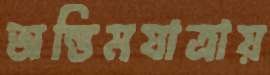
অন্তিমযাত্রায়